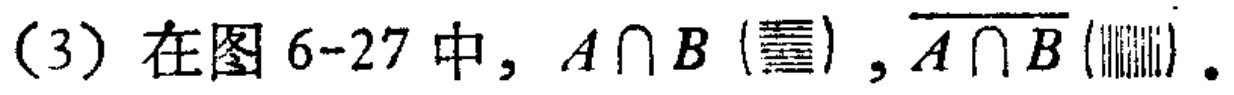
（3）在图 6-27 中，$A\cap B (\boxed{阴影}),\overline{A}\cap\overline{B} (\boxed{阴影}) 。$